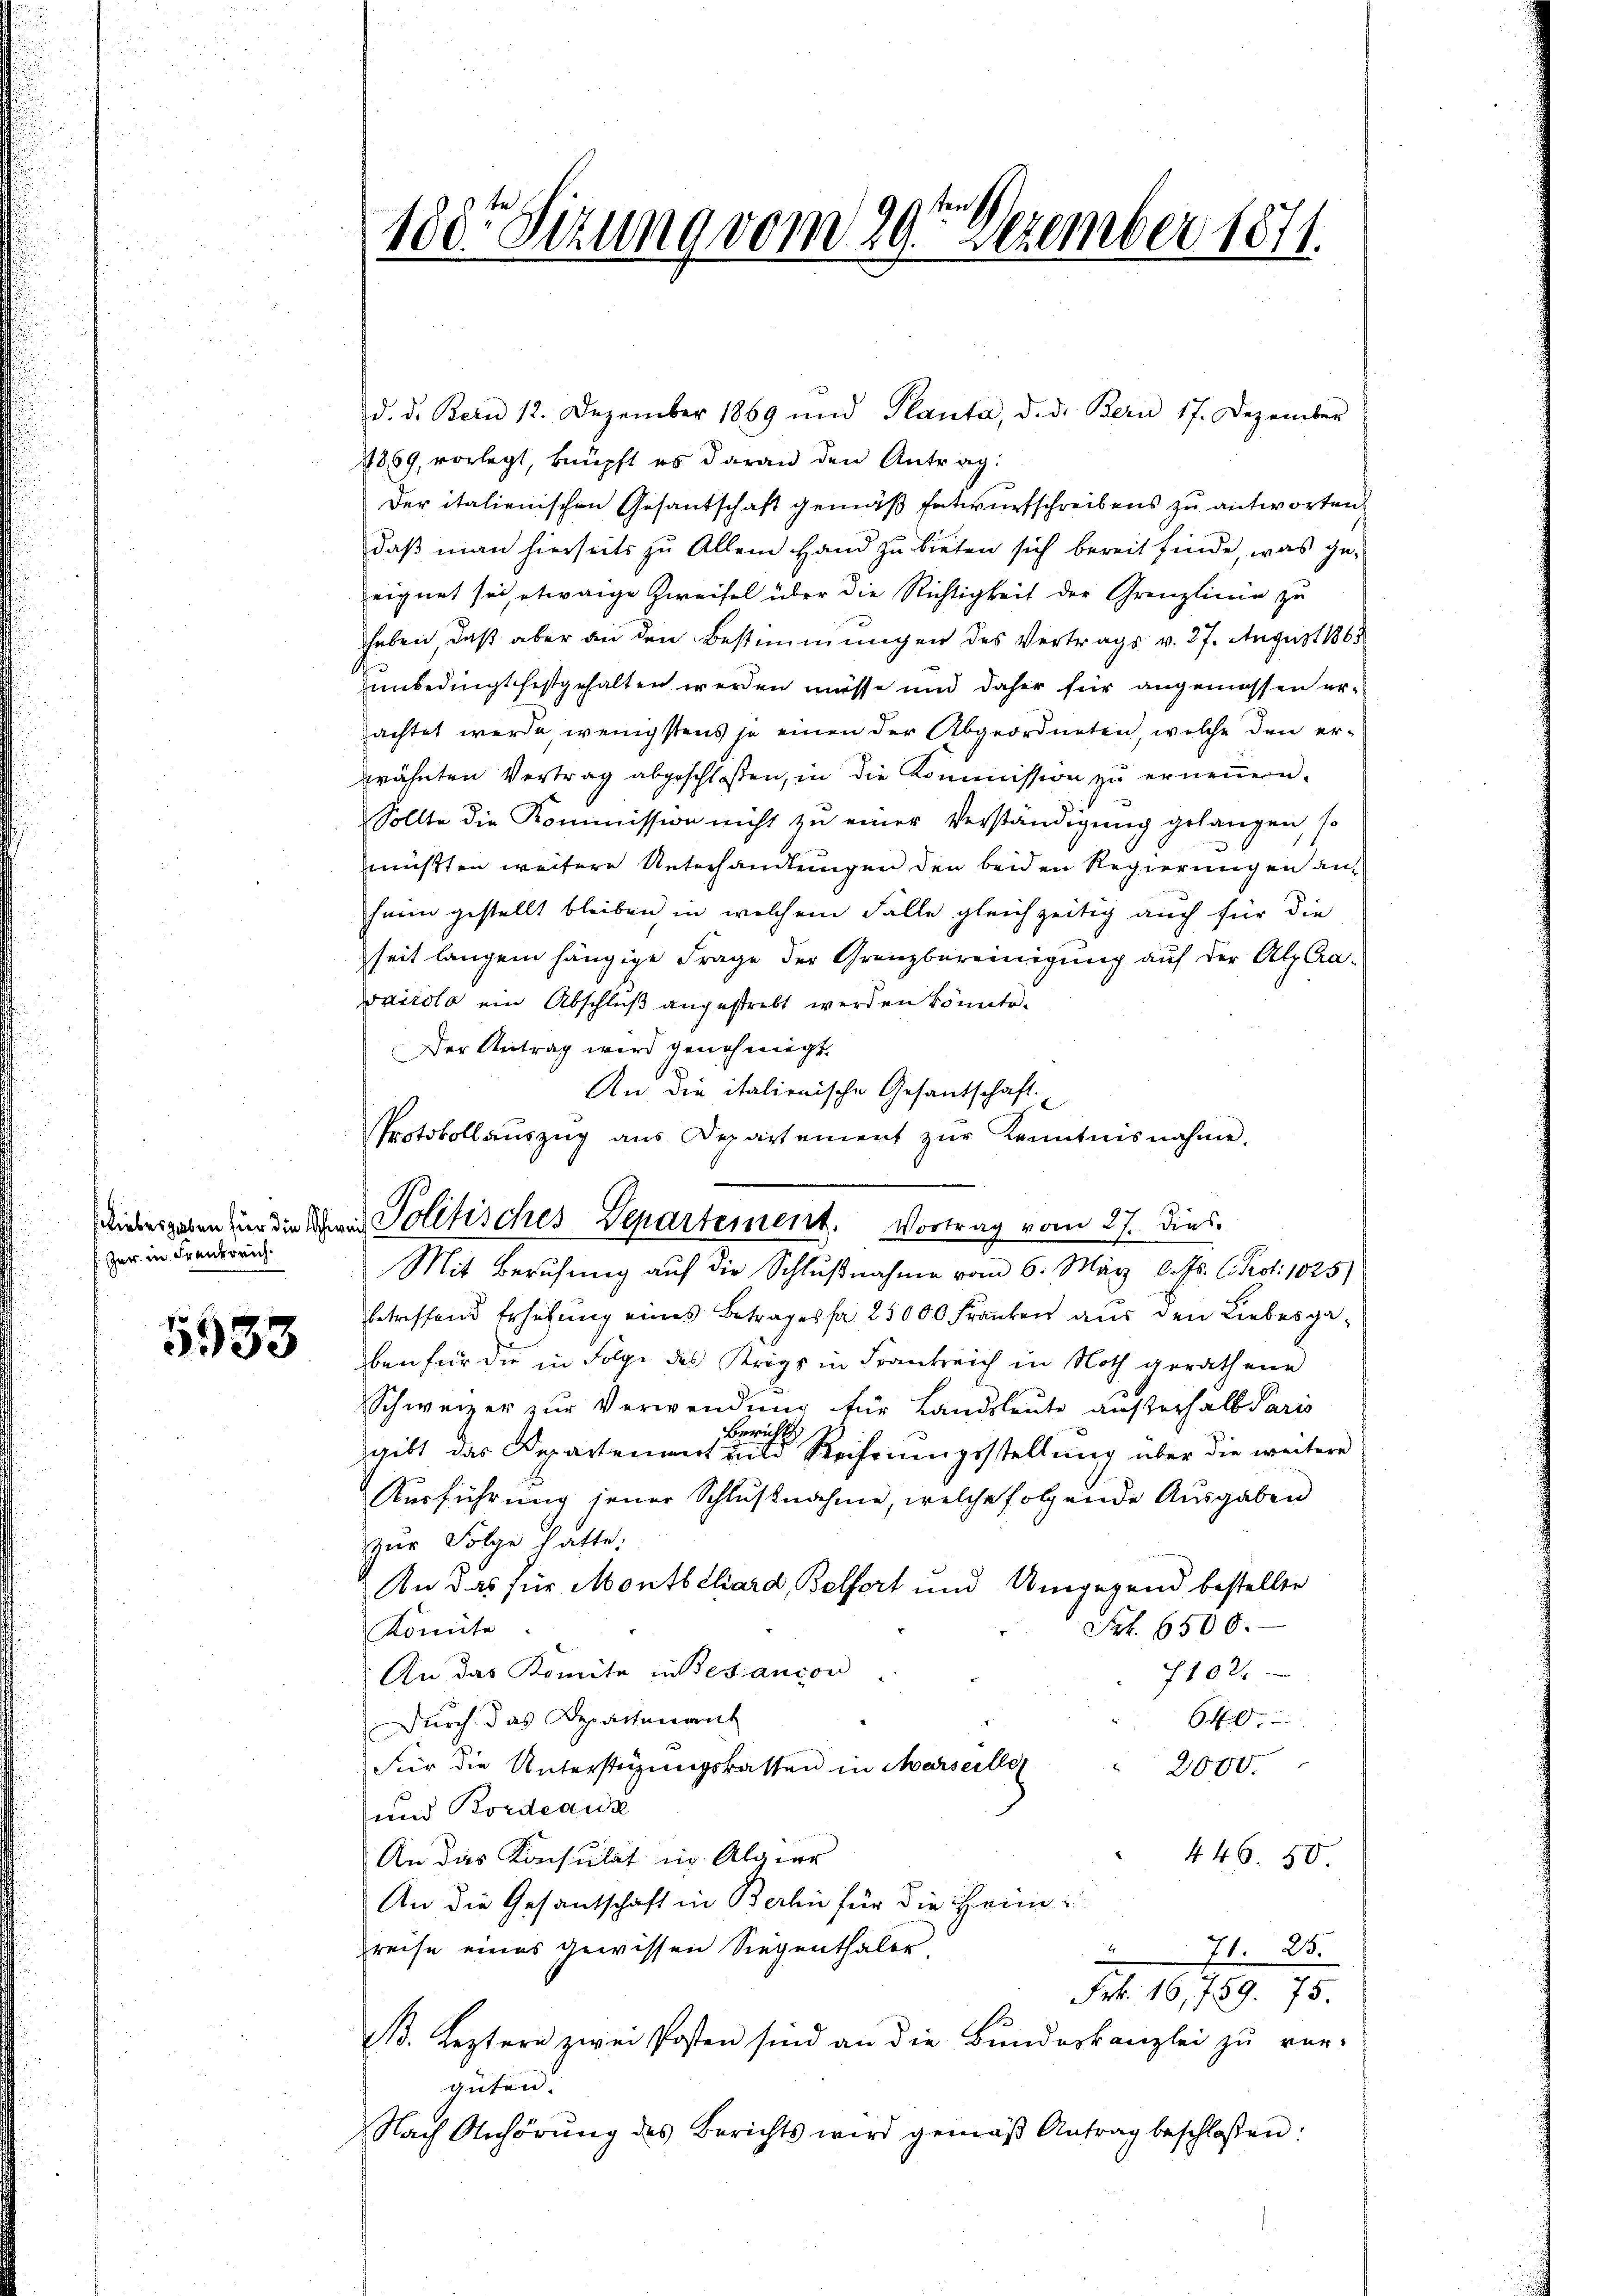
fzer in Frankreich.

5933

188te Sitzung vom 29ten Dezember 1871.

d. d. Bern 12. Dezember 1869 und Planta, d. d. Bern 17. Dezember
1869, vorlegt, knüpft es daran den Antrag:
Der italienischen Gesandtschaft gemäß Entwurfschreibens zu antworten.
daß man hierseits zu Allem Hand zu bieten sich bereit finde, was geeignet sei, etwaige Zweifel über die Richtigkeit der Grenzlinie zu
haben, daß aber an den Bestimmungen des Vertrags v. 27. August 1865
unbedingt festgehalten werden müsse und daher für angemessen erachtet werde wenigstens je einen der Abgeordneten, welche den erprähnten Vertrag abgeschloßen, in die Kommission zŭ erneṅern.
Sollte die Kommission nicht zu einer Verständigung gelangen, so
müßten weitere Unterhandlungen den beiden Regierungen auf
heim gestellt bleiben in welchem Falle gleichzeitig auch für die
seit langen hängige Frage der Grenzbereinigung auf der Alp Ca¬
Tirolo ein Abschluß angestrebt werden könnte.
Der Antrag wird genehmigt.
An die italienische Gesantschaft.
Protokollauszug aus Departement zŭr Kenntnisnahme.
Mit Berufung auf die Schlußnahme vom 6. März l. Js. l. Kot. 1025)
betreffend Erhöhung eines Betragessa 25000 Franken aus den Liebesgaben für die in Folge des Krigs in Frankreich in Noth gerathene
Schweizer zŭr Verwendŭng für Landsleute außerhalb Paris
Berichts
gibt das Departement und Reihungsstellung über die weitere
Ausführŭng jener Schlŭβnahme, welche folgende Ausgaben
zŭr Folge hatte.
An das für Montbehard, Belfort und Umgegend bestellte
Frk. 6500.
Konnte
An das Komite in Besanion
1102.
Durch das Departenant
640.
Für die Unterstüzungskassen in Marseiller
2000.
und Bordeaida
446. 50
An das Konsulat in Algier
An die Gesantschaft in Berli für die Heim
preise eines gewissen Siegenthaler.
u
71. 25.
Frk. 16,759. 75.
3
B. Leztern zwei Posten sind an die Bundeskanzlei zu ver-
güten.
Nach Anhörung des Berichts wird gemäβ Antrag beschloßen:

Liebesgaben hier die Schrei Politisches Departement. Vortrag vom 27. Dies